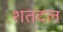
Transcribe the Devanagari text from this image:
शतदल